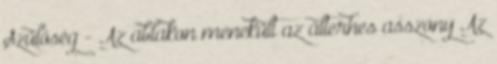
Szülőség - Az ablakon menekült az álterhes asszony Az